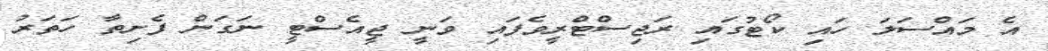
އެ މައްސަލަ ހައި ކޯޓުގައި ރަޖިސްޓްރީވެފައި ވަނީ ޖީއެސްޓީ ނަގަން ފެށިތާ ހަތަރު